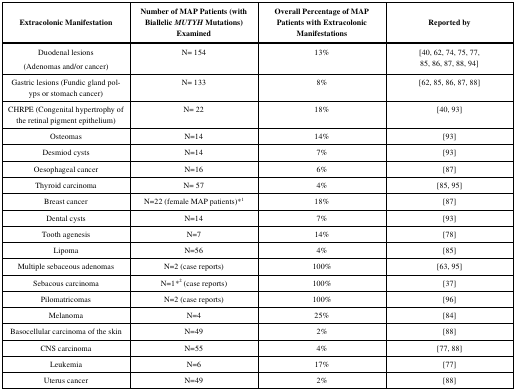
| Extracolonic Manifestation | Number of MAP Patients (with Biallelic MUTYH Mutations) Examined | Overall Percentage of MAP Patients with Extracolonic Manifestations | Reported by |
 | --- | --- | --- | --- |
 | Duodenal lesions (Adenomas and/or cancer) | N= 154 | 13% | [40, 62, 74, 75, 77, 85, 86, 87, 88, 94] |
 | Gastric lesions (Fundic gland polyps or stomach cancer) | N= 133 | 8% | [62, 85, 86, 87, 88] |
 | CHRPE (Congenital hypertrophy of the retinal pigment epithelium) | N= 22 | 18% | [40, 93] |
 | Osteomas | N=14 | 14% | [93] |
 | Desmiod cysts | N=14 | 7% | [93] |
 | Oesophageal cancer | N=16 | 6% | [87] |
 | Thyroid carcinoma | N= 57 | 4% | [85, 95] |
 | Breast cancer | N=22 (female MAP patients)*1 | 18% | [87] |
 | Dental cysts | N=14 | 7% | [93] |
 | Tooth agenesis | N=7 | 14% | [78] |
 | Lipoma | N=56 | 4% | [85] |
 | Multiple sebaceous adenomas | N=2 (case reports) | 100% | [63, 95] |
 | Sebacous carcinoma | N=1*2 (case reports) | 100% | [37] |
 | Pilomatricomas | N=2 (case reports) | 100% | [96] |
 | Melanoma | N=4 | 25% | [84] |
 | Basocellular carcinoma of the skin | N=49 | 2% | [88] |
 | CNS carcinoma | N=55 | 4% | [77, 88] |
 | Leukemia | N=6 | 17% | [77] |
 | Uterus cancer | N=49 | 2% | [88] |